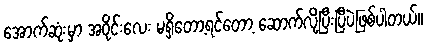
အောက်ဆုံးမှာ အဝိုင်းလေး မရှိတော့ရင်တော့ ဆောက်လို့ပြီးပြီပဲဖြစ်ပါတယ်။